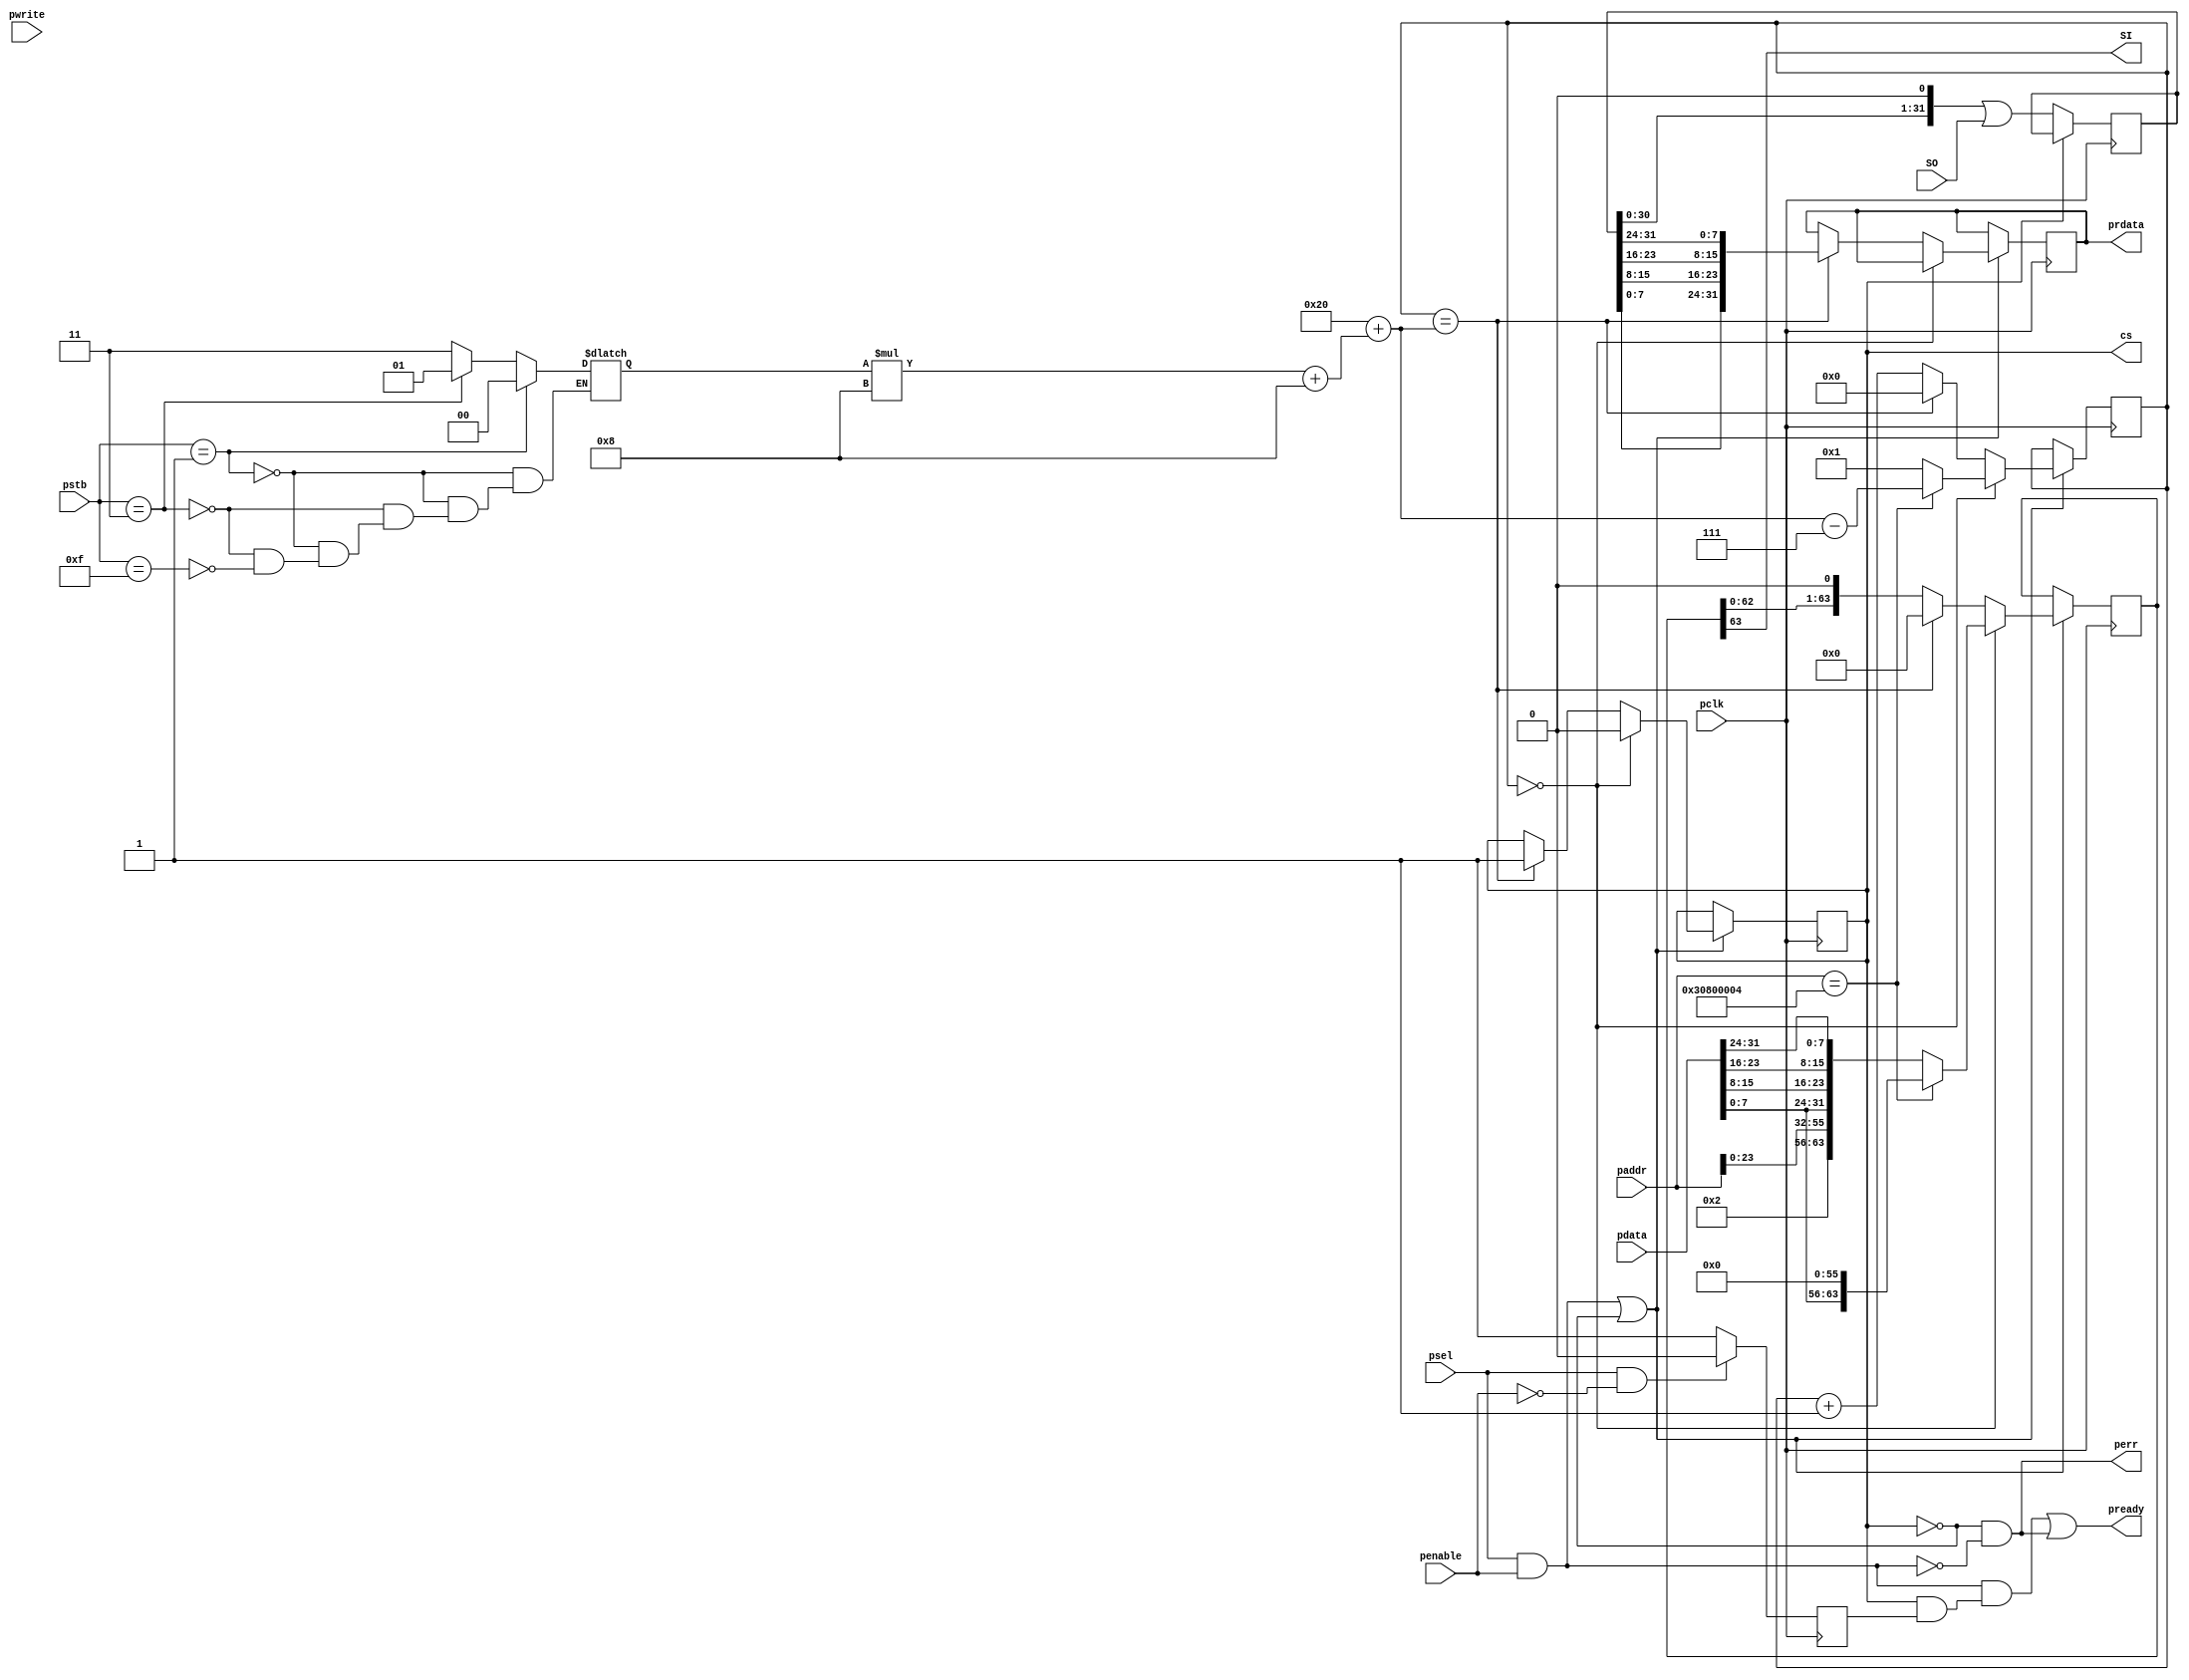
module rom
	#(
		parameter ADDR_WIDTH = 32,
		parameter DATA_WIDTH = 32,
		/* Command + 24-bit addr + 32-bit data */
		parameter MAX_TRNS_SZ = 24 + 8 + DATA_WIDTH,
		parameter RAM_SIZE = 1024*1024*8) // 8MiB
	(
		input pclk,
		input [ADDR_WIDTH-1:0] paddr,
		input [DATA_WIDTH-1:0] pdata,
		output reg [DATA_WIDTH-1:0] prdata,

		input psel,
		input penable,
		input pwrite,
		input [3:0] pstb,
		output pready,
		output perr,

		output cs,
		output SI,
		input SO);

reg [1:0]dsize;
reg started;
reg [MAX_TRNS_SZ-1:0]bits = 0;
reg [DATA_WIDTH-1:0]recv;
reg [6:0]cnt = 0;
wire [6:0]trns_sz = 24 + 8 + ((dsize*8) + 8);

always @(*) begin
	if(pstb == 4'b0001) begin
		dsize = 0;
	end else if (pstb == 4'b0011) begin
		dsize = 1;
	end else if (pstb == 4'b1111) begin
		dsize = 3;
	end
	// else invalid transaction
end

// 1 is done, 0 is not done
reg transaction_done = 1;
assign cs = transaction_done;
// if transaction isnt done, and either psel or penable is low, then perr is high
assign perr = !transaction_done && !(psel && penable);
// if (transaction is done, and psel and penable are high and started is high) or perr is high, then pready is high
assign pready = (penable && psel && (transaction_done && started)) | perr;

assign SI = bits[MAX_TRNS_SZ-1];

always @(negedge pclk) begin
	if(psel && !penable)
		started <= 0;
	else
		started <= 1;
	if((psel && penable) || !transaction_done) begin
		if(cnt == 0) begin
			transaction_done <= 0;
			if(paddr == 'h30000000+RAM_SIZE+4) begin
				bits <= {pdata[7:0],56'b0};
				cnt <= trns_sz-7;
			end else begin
				bits <= {8'b00000010,paddr[23:0],pdata[7:0],pdata[15:8],pdata[23:16],pdata[31:24]};
				cnt <= 1;
			end
		end else if(cnt == trns_sz) begin
			transaction_done <= 1;
			cnt <= 0;
			bits <= 0;
			prdata <= {recv[7:0],recv[15:8],recv[23:16],recv[31:24]};
		end else begin
			bits <= bits << 1;
			cnt <= cnt + 1;
		end
	end
end
always @(posedge pclk) begin
	if(!transaction_done) begin
		recv <= (recv << 1) | SO;
	end
end
endmodule